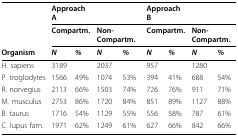
|  | <COLSPAN=2> Approach A |  |  | <COLSPAN=2> Approach B |  |  |
 |  | <COLSPAN=2> Compartm. | <COLSPAN=2> Non-Compartm. | <COLSPAN=2> Compartm. | <COLSPAN=2> Non-Compartm. |
 | Organism | N | % | N | % | N | % | N | % |
 | --- | --- | --- | --- | --- | --- | --- | --- | --- |
 | H. sapiens | 3189 |  | 2037 |  | 957 |  | 1280 |  |
 | P. troglodytes | 1566 | 49% | 1074 | 53% | 394 | 41% | 688 | 54% |
 | R. norvegius | 2113 | 66% | 1503 | 74% | 726 | 76% | 911 | 71% |
 | M. musculus | 2753 | 86% | 1720 | 84% | 851 | 89% | 1127 | 88% |
 | B. taurus | 1716 | 54% | 1129 | 55% | 556 | 58% | 787 | 61% |
 | C. lupus fam. | 1971 | 62% | 1249 | 61% | 627 | 66% | 842 | 66% |